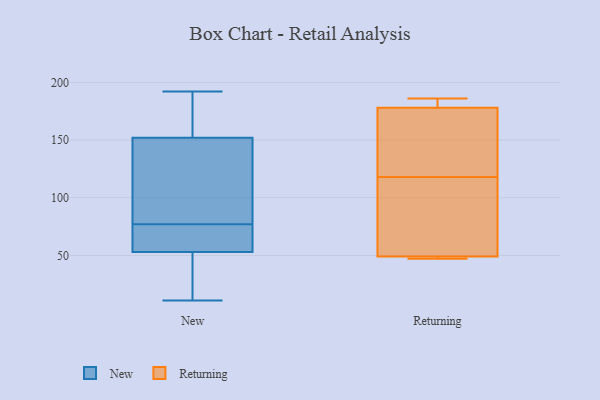
{"axis": {"x": "Latency (ms)", "y": "Value"}, "legend": ["New", "Returning"], "data": [{"x": "", "y": 142, "type": "New"}, {"x": "", "y": 162, "type": "New"}, {"x": "", "y": 68, "type": "New"}, {"x": "", "y": 64, "type": "New"}, {"x": "", "y": 172, "type": "New"}, {"x": "", "y": 100, "type": "New"}, {"x": "", "y": 192, "type": "New"}, {"x": "", "y": 86, "type": "New"}, {"x": "", "y": 19, "type": "New"}, {"x": "", "y": 62, "type": "New"}, {"x": "", "y": 11, "type": "New"}, {"x": "", "y": 44, "type": "New"}, {"x": "", "y": 49, "type": "Returning"}, {"x": "", "y": 178, "type": "Returning"}, {"x": "", "y": 181, "type": "Returning"}, {"x": "", "y": 47, "type": "Returning"}, {"x": "", "y": 93, "type": "Returning"}, {"x": "", "y": 153, "type": "Returning"}, {"x": "", "y": 121, "type": "Returning"}, {"x": "", "y": 47, "type": "Returning"}, {"x": "", "y": 115, "type": "Returning"}, {"x": "", "y": 186, "type": "Returning"}]}